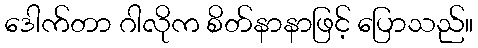
ဒေါက်တာ ဂါလိုက စိတ်နာနာဖြင့် ပြောသည်။